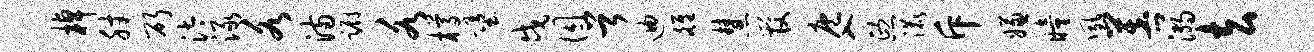
棹肘斫汰渌各满蹰各樽堕戍囚首迪雒慧管庖入熙漉斥嫌瞳夙菩溺去